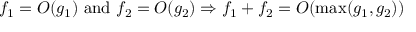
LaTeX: f _ { 1 } = O ( g _ { 1 } ) { \mathrm { ~ a n d ~ } } f _ { 2 } = O ( g _ { 2 } ) \Rightarrow f _ { 1 } + f _ { 2 } = O ( \operatorname* { m a x } ( g _ { 1 } , g _ { 2 } ) )